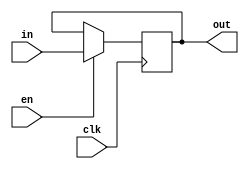
/* 
Parametrized Greatest Common Divisors (GCD)
Author: Mehran Goli
Version: 1.0
Date: 01-10-2020
*/

`timescale 1ns/1ns
		
module reg_module #(parameter width = 8)
				  (input clk, en,
				   input [width-1:0] in,
				   output reg [width-1:0] out);
				
	always @(posedge clk) begin
		if (en) begin
			out <= in;
		end	
	end
endmodule